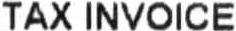
TAX INVOICE